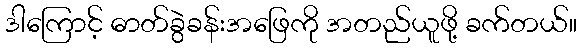
ဒါကြောင့် ဓာတ်ခွဲခန်းအဖြေကို အတည်ယူဖို့ ခက်တယ်။